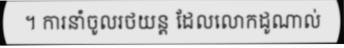
។ ការនាំចូលរថយន្ត ដែលលោកដូណាល់